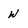
Character: W